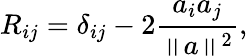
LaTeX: R_{ij}=\delta_{ij}-2{\frac{a_{i}a_{j}}{\left\| a\right\| ^{2}}},